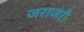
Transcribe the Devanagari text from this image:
जराजरी